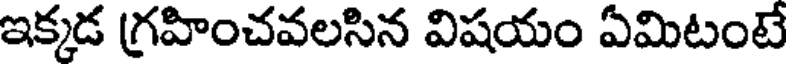
ఇక్కడ గ్రహించవలసిన విషయం ఏమిటంటే